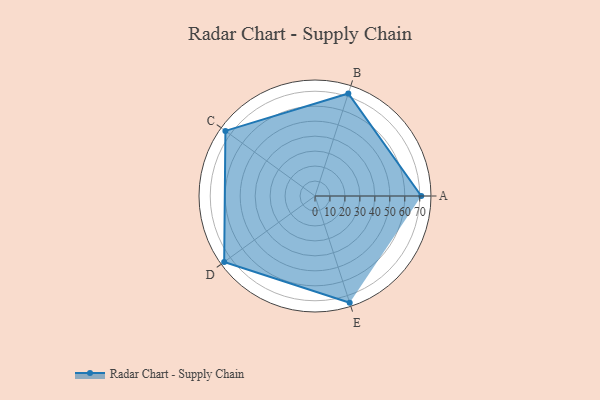
{"axis": {"x": "Skill", "y": "Score"}, "legend": ["Profile"], "data": [{"x": "A", "y": 71.0, "type": "Profile"}, {"x": "B", "y": 72.0, "type": "Profile"}, {"x": "C", "y": 74.0, "type": "Profile"}, {"x": "D", "y": 75.0, "type": "Profile"}, {"x": "E", "y": 75.0, "type": "Profile"}]}